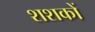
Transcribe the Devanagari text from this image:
शशकों